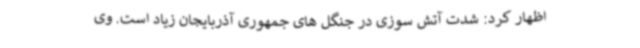
اظهار کرد: شدت آتش سوزی در جنگل های جمهوری آذربایجان زیاد است. وی